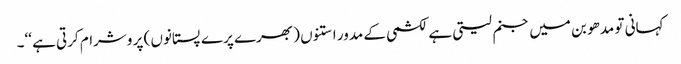
کہانی تو مدھو بن میں جنم لیتی ہے لکشمی کے مدور استنوں ( بھرے پرے پستانوں ) پر وشرام کرتی ہے ‘‘۔